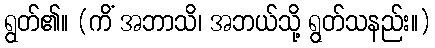
ရွတ်၏။ (ကိံ အဘာသိ၊ အဘယ်သို့ ရွတ်သနည်း။)